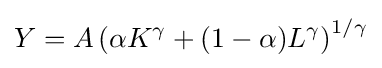
Y=A\left(\alpha K^{\gamma }+(1-\alpha )L^{\gamma }\right)^{1/\gamma }